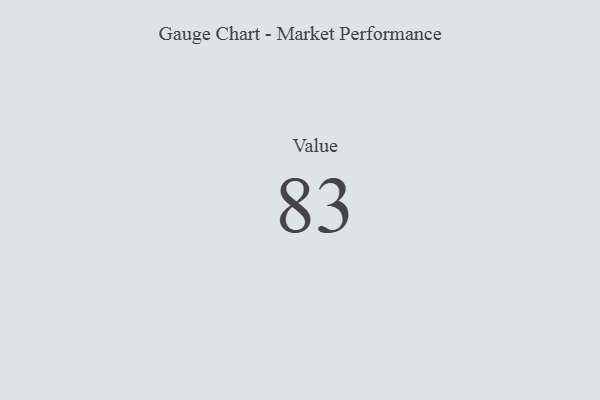
{"axis": {"x": "Metric", "y": "Value"}, "legend": [""], "data": [{"x": "Value", "y": 83, "type": ""}]}